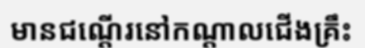
មានជណ្តើរនៅកណ្តាលជើងគ្រឹះ